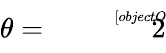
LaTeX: \theta={\sqrt[[objectObject]]{2}}